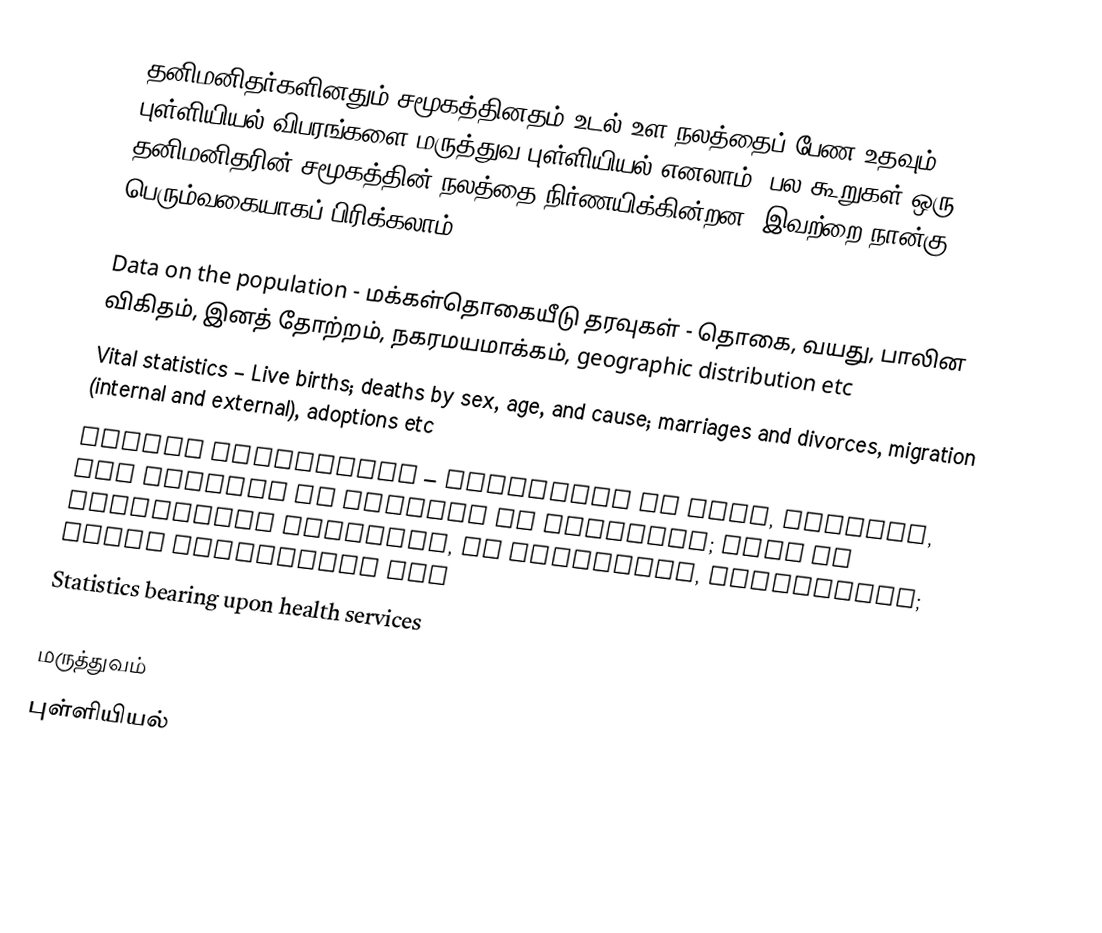
தனிமனிதர்களினதும் சமூகத்தினதம் உடல் உள நலத்தைப் பேண உதவும் புள்ளியியல் விபரங்களை மருத்துவ புள்ளியியல் எனலாம்.  பல கூறுகள் ஒரு தனிமனிதரின் சமூகத்தின் நலத்தை நிர்ணயிக்கின்றன.  இவற்றை நான்கு பெரும்வகையாகப் பிரிக்கலாம்.

 Data on the population - மக்கள்தொகையீடு தரவுகள் - தொகை, வயது, பாலின விகிதம், இனத் தோற்றம், நகரமயமாக்கம், geographic distribution etc
 Vital statistics – Live births; deaths by sex, age, and cause; marriages and divorces, migration (internal and external), adoptions etc
 Health statistics – Morbidity by type, servity, and outcome of illness or accident; data on notifiable diseases, on blindness, incapacity; tumor registries etc
 Statistics bearing upon health services

மருத்துவம்
புள்ளியியல்